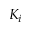
K _ { i }